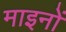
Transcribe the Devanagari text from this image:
माइनों